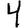
Digit: 4